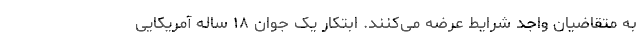
به متقاضیان واجد شرایط عرضه می‌کنند. ابتکار یک جوان ۱۸ ساله آمریکایی